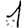
Digit: 1